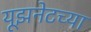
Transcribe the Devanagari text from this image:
यूझनेटच्या